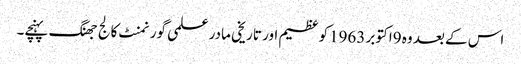
اس کے بعد وہ 9اکتوبر 1963کو عظیم اور تاریخی مادر علمی گورنمنٹ کالج جھنگ پہنچے۔